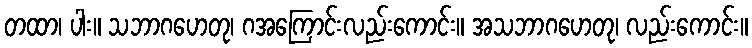
တထာ၊ ပါး။ သဘာဂဟေတု၊ ဂအကြောင်းလည်းကောင်း။ အသဘာဂဟေတု၊ လည်းကောင်း။